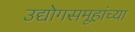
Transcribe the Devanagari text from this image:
उद्योगसमूहांच्या